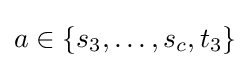
a\in \{s_{3},\ldots ,s_{c},t_{3}\}